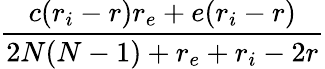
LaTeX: \frac{c(r_{i}-r)r_{e}+e(r_{i}-r)}{2N(N-1)+r_{e}+r_{i}-2r}